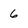
Character: 6